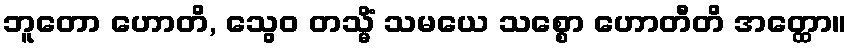
ဘူတော ဟောတိ, သွေဝ တသ္မိံ သမယေ သစ္စော ဟောတီတိ အတ္ထော။